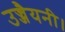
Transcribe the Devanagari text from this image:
उज्जैयनी।